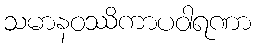
သမာနဝဿိကာပဝါရဏာ